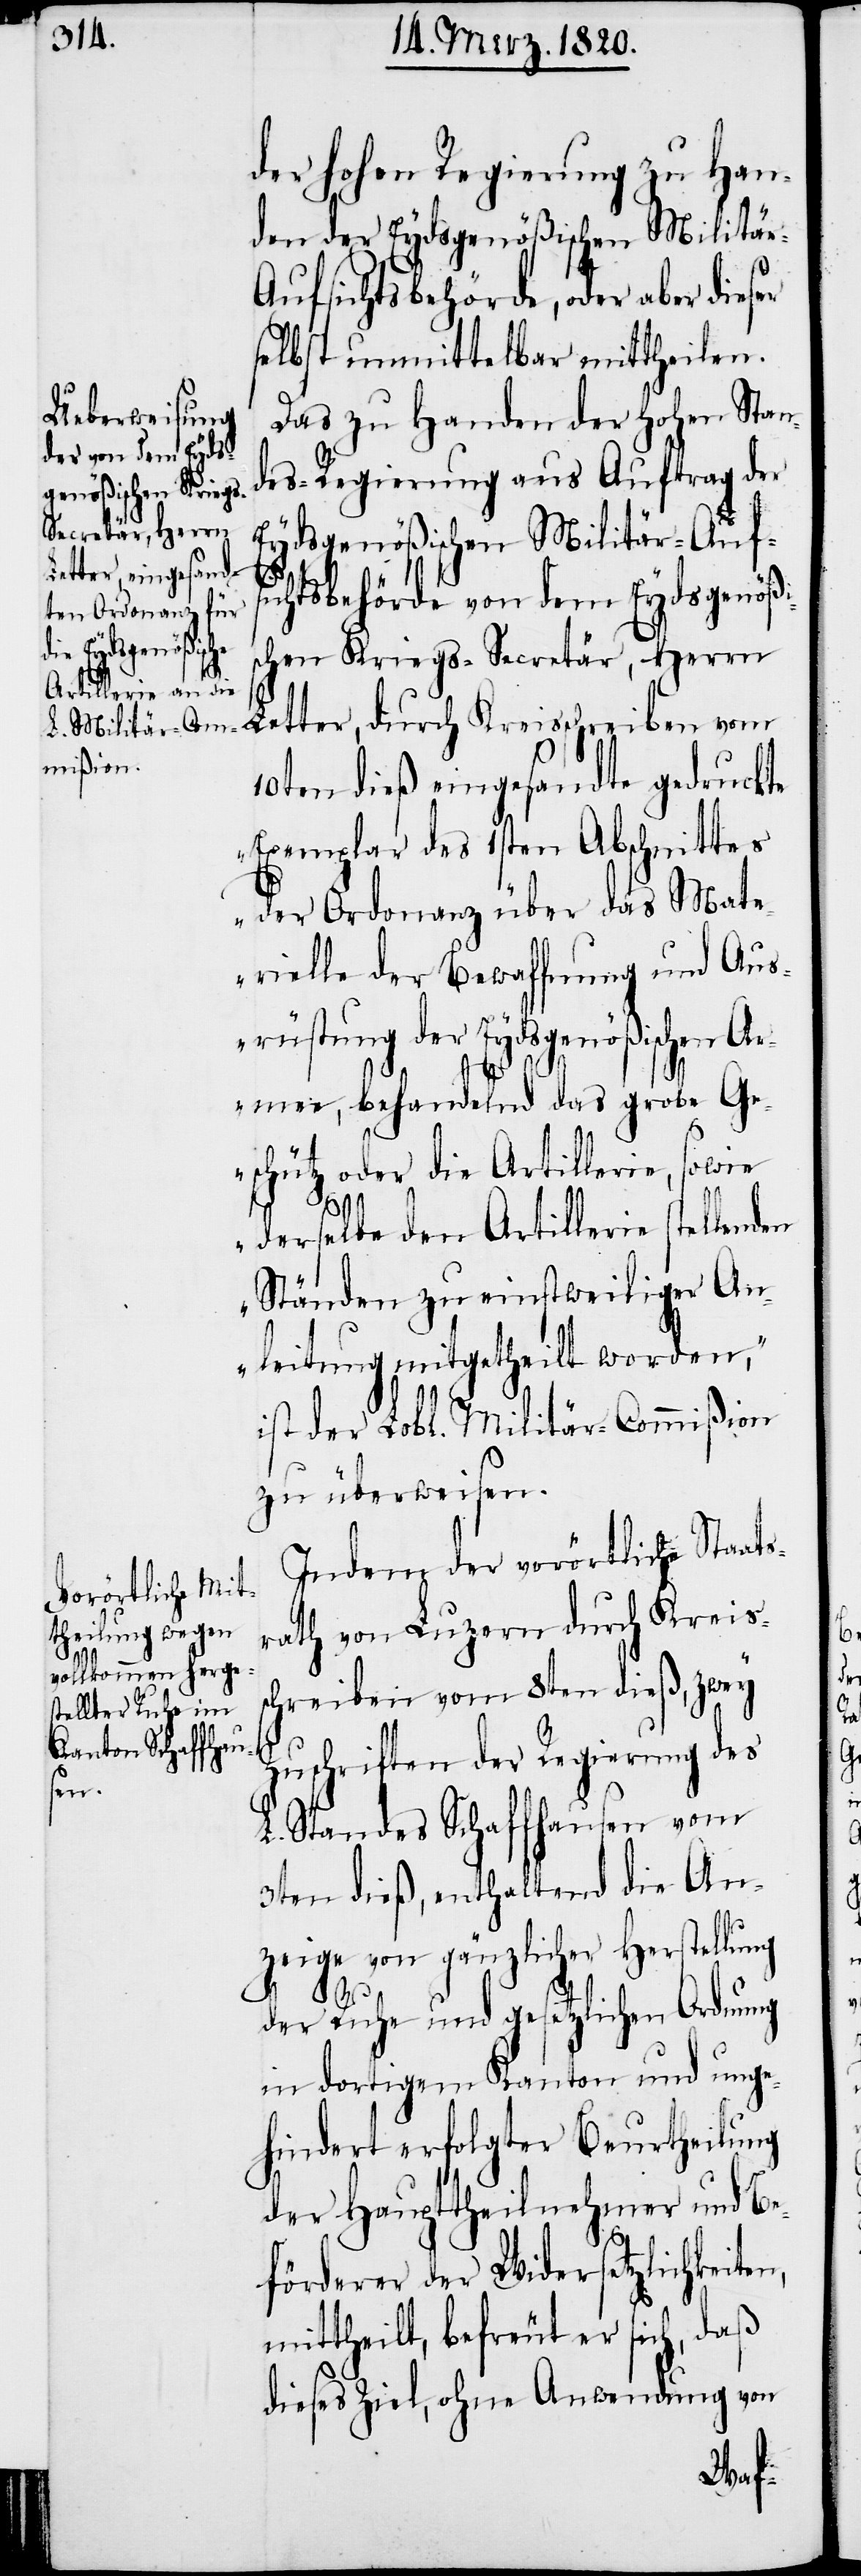
der hohen Regierung zu Han¬
den der Eydsgenößischen Militär-A¬
ufsichtsbehörde, oder aber
selbst unmittelbar mittheilen.
Das zu Handen der Hohen Stan¬
des-Regierung aus Auftrag der
Eydsgenößischen Militär-Aufs¬
ichtsbehörde von dem Eydsgenößi¬
schen Kriegs-Secretär, Herrn
Letter, durch Kreisschreiben vom
10ten dieß eingesandte gedruckte
„Exemplar des 1sten Abschnittes
der Ordonanz über das Mate¬
rielle der Bewaffnung und Aus¬
rüstung der Eydsgenößischen Ar¬
mee, behandelnd das grobe Ge¬
schütz oder die Artillerie, sowie
derselbe den Artillerie stellenden
Ständen zu einstweiliger An¬
leitung mitgetheilt worden“,
ist der Lobl. Militär-Commißion
zu überweisen.
Indem der vorörtliche Staats¬
rath von Luzern durch Kreiss¬
chreiben vom 8ten dieß, zwey
Zuschriften der Regierung des
L. Standes Schaffhausen vom
3ten dieß, enthaltend die An¬
zeige von gänzlicher Herstellung
der Ruhe und gesetzlichen Ordnung
in dortigem Kanton und unge¬
hindert erfolgter Beurtheilung
der Haupttheilnehmer und Be¬
förderer der Widersetzlichkeiten,
mittheilt, befreut er sich, daß
dieses Ziel, ohne Anwendung von